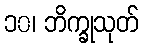
၁၀၊ ဘိက္ခုသုတ်